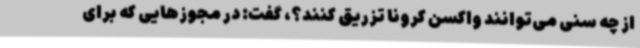
از چه سنی می‌توانند واکسن کرونا تزریق کنند؟، گفت: در مجوزهایی که برای